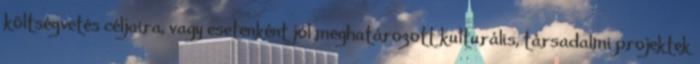
költségvetés céljaira, vagy esetenként jól meghatározott kulturális, társadalmi projektek